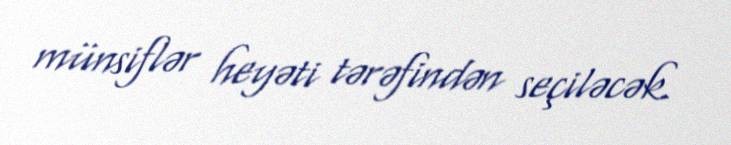
münsiflər heyəti tərəfindən seçiləcək.